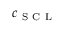
c _ { \mathrm { ~ S ~ C ~ L ~ } }